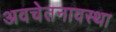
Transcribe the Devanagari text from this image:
अवचेतनावस्था